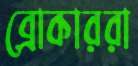
ব্রোকাররা